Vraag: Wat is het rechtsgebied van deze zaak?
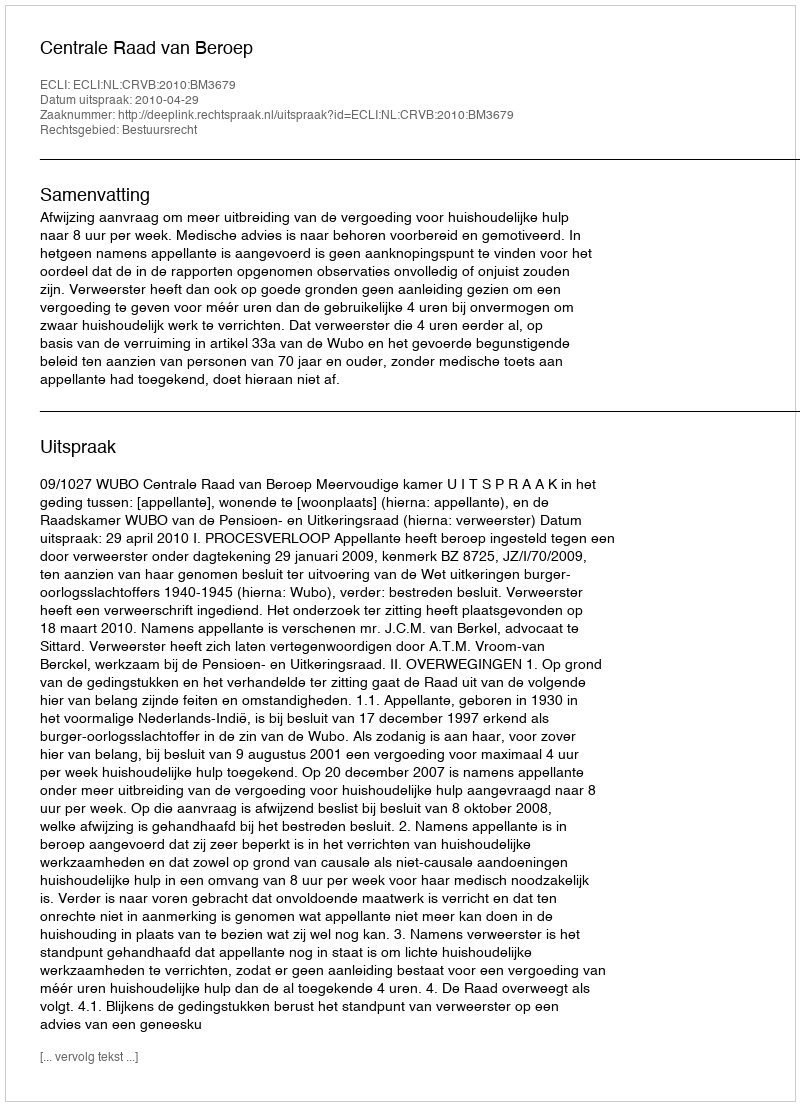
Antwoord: Bestuursrecht